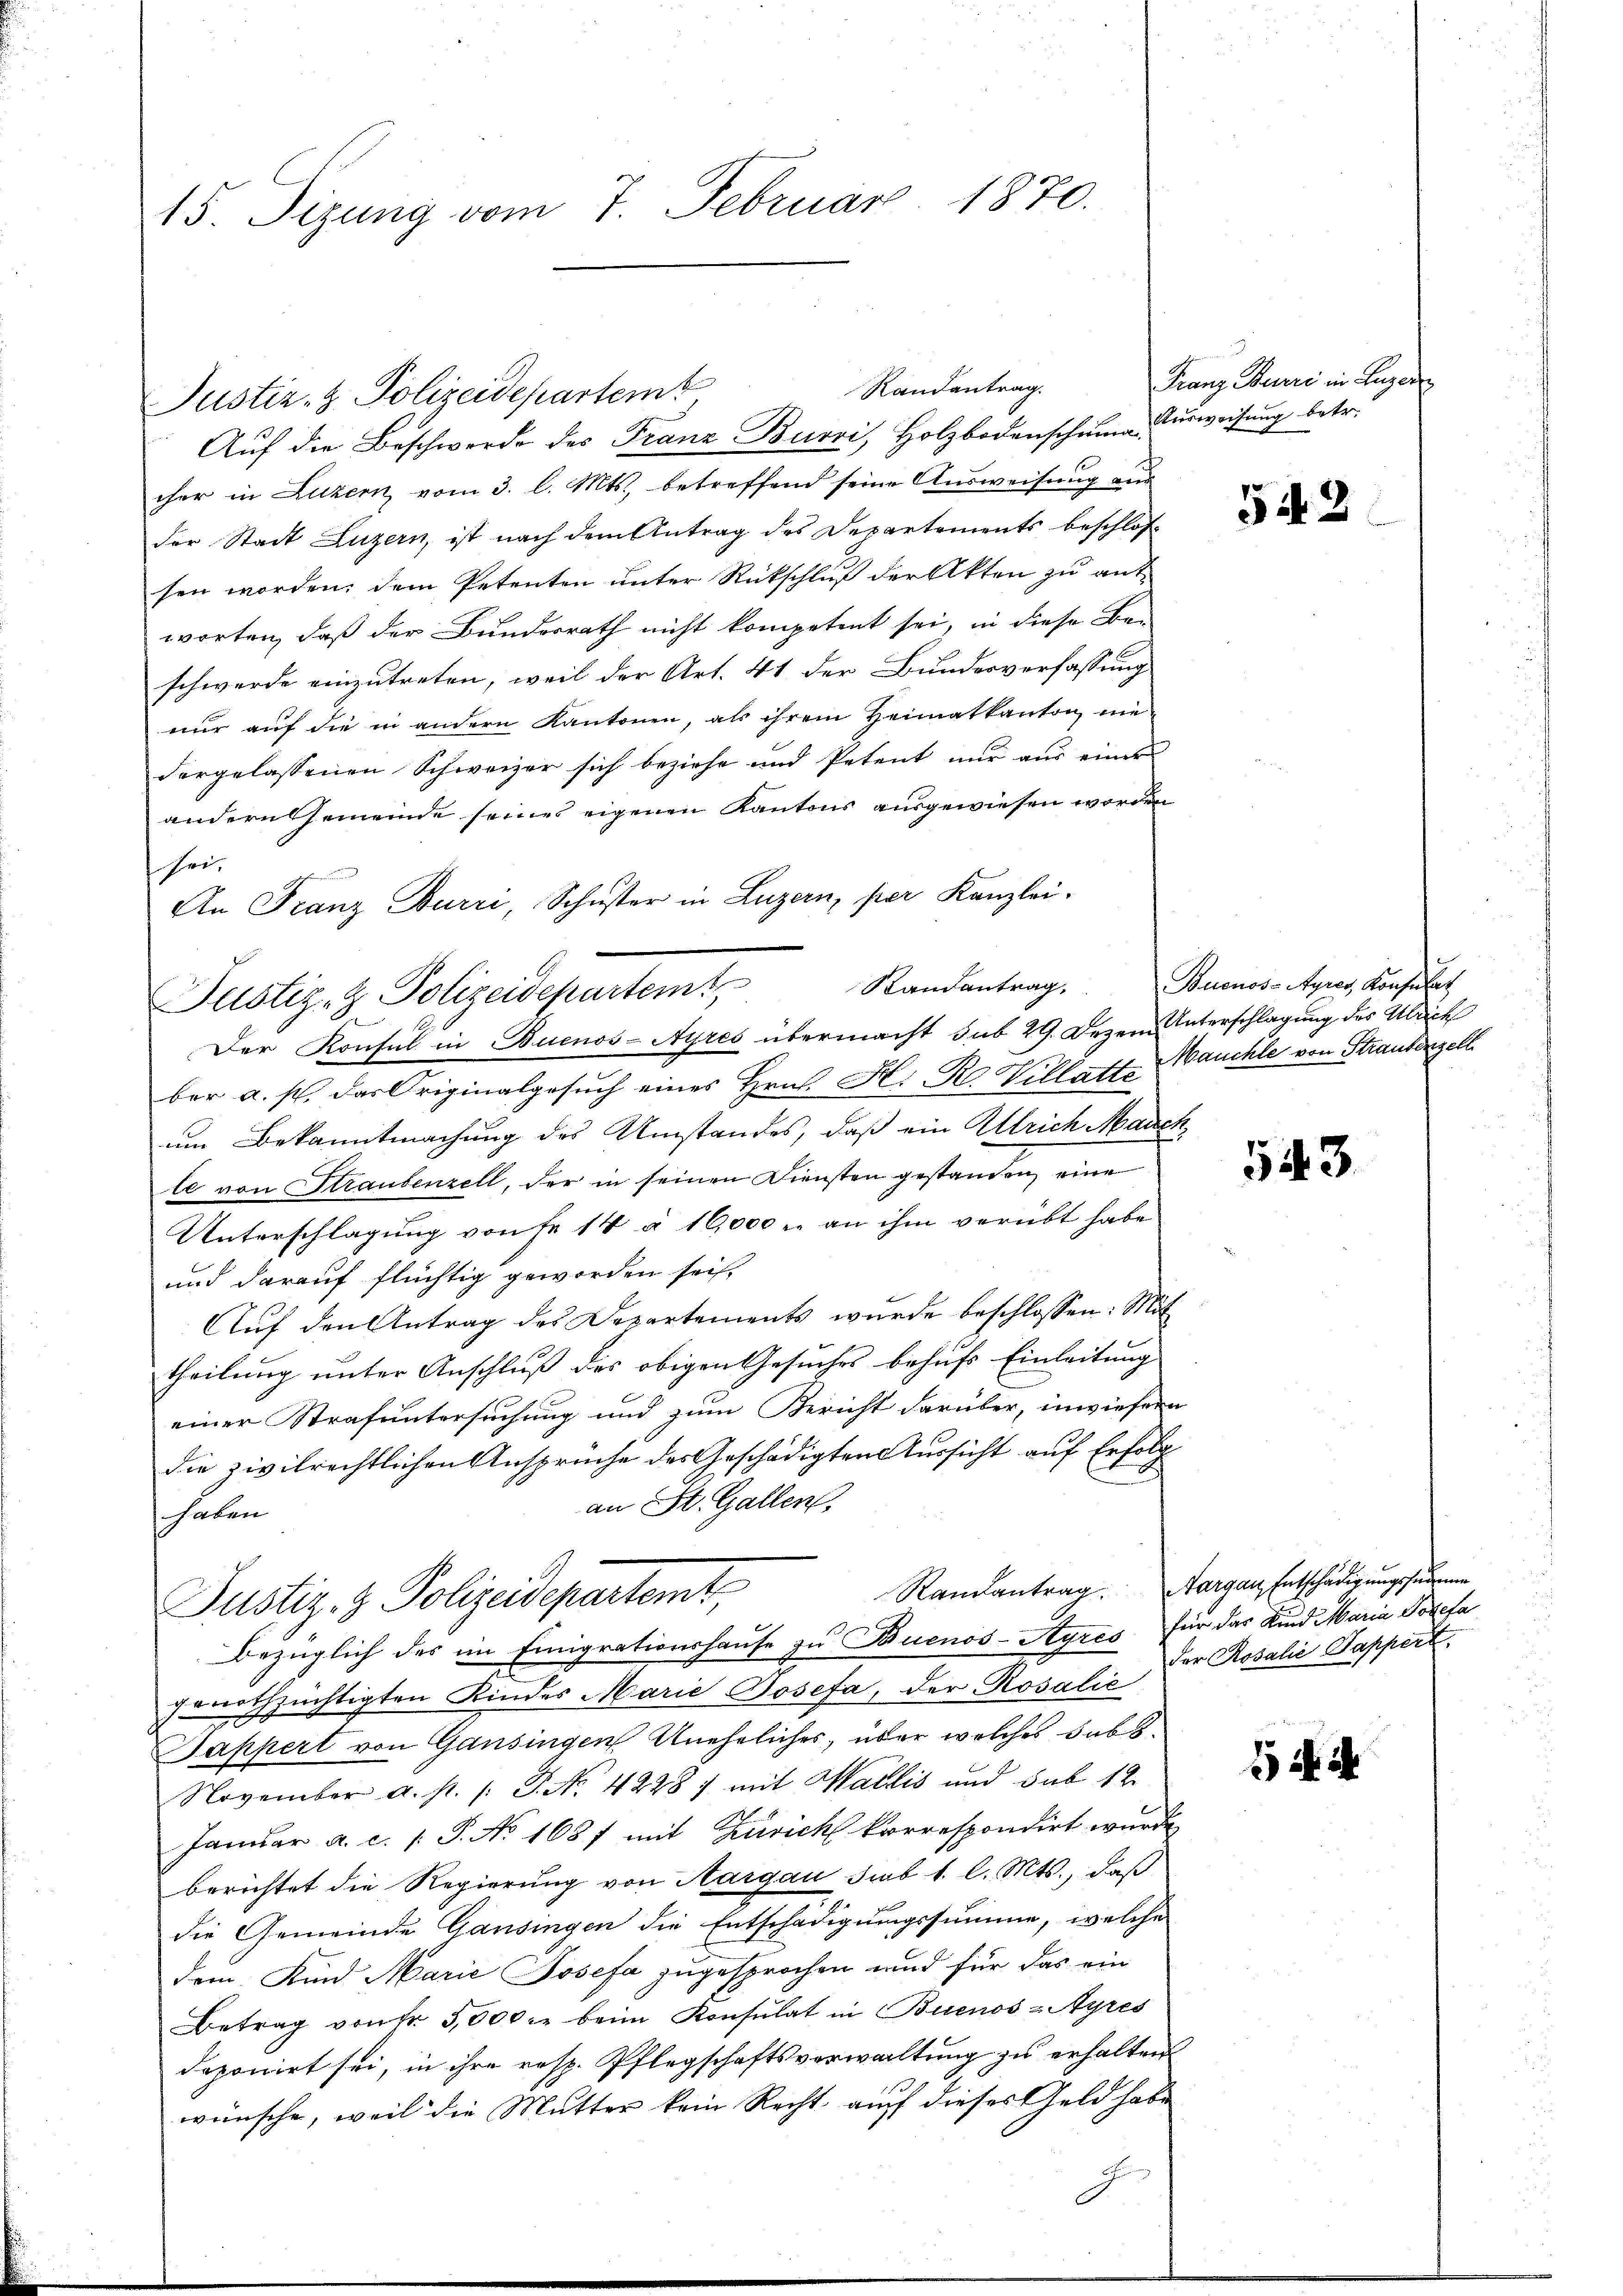
15. Sizung vom 7. Februar 1870.

Justiz- & Polizeidepartemt

cher in Luzern vom 3. l. Mts., betreffend seine Ausweisung aus
der Stadt Luzern, ist nach dem Antrag des Departements beschlos
sen worden, dem Petenten unter Rückschluß der Akten zu antworten, daß der Bundesrath nicht kompetent sei, in diese Be-
schwerde einzutreten, weil der Art. 41 der Bundesverfassung
nur auf die in andern Kantonen, als ihrem Heimatkanton niedergelassenen Schweizer sich beziehe und Petent nur aus einer
andern Gemeinde seines eigenen Kantons ausgewiesen worden
sei,
An Franz Burri, Schuster in Luzern, per Kanzlei.

Justiz- & Polizeidepartem Randantrag.
Der Konsul in Buenos-Ayres übermacht sub 29. Dezem Unterschlagung des Ulrich

ber a. s. das Originalgesuch eines Hrn. Hr. R. Villatte auchte von Strautenzell
um Bekanntmachung des Umstandes, daß ein Ulrich Marchle von Straubenzell, der in seinen Diensten gestanden eine
Unterschlagung von Fr. 14 à 10,000 u. an ihm verübt habe
und darauf flüchtig geworden sei,
Auf den Antrag des Departements wurde beschlossen: Mit
theilung unter Anschluß des obigen Gesuches behufs Einleitung
einer Strafuntersuchung und zum Bericht darüber, inwiesern
die zivilrechtlichen Ansprüche des Geschädigten Aussicht auf Erfolg
an St. Gallen,
haben
jonothzüchtigten Kindes Marie Josefa, der Rosalić
Sappert von Gansingen Uneheliches, über welches dass
November a. p. /: P. Nr. 4228) mit Wallis und sub 12
Januar a. c. s. S. No. 1687 mit Zusich korrespondirt wurde
berichtet die Regierung von Aargau, Sub 1. l. Mts., daß
die Gemeinde Gansingen die Entschädigungssumme, welche
dem. Kind Marie Josefa zugesprochen und für das ein
Betrag von Fr. 35,000 fr beim Konsulat in Buenos-Ayres
deponirt sei, in ihre resp. Pflegschaftsverwachtung zu erhalten
wünsche, weil die Mutter kein Recht auf dieses Geld habe
F

Justiz- & Polizeidepartemt,
Bezüglich des im Einigrationshause zu Buenos-Ayres für das Kind Maria Josefa

Randantrag.
Aŭf die Beschwerde des Franz Burri, Holzbodenschama urweisung betr.

Franz Buri in Luzer

5 d. 2

Buenos-Ayres, Konsulat

543

Ramantrag. Aargau, Entschädigungsfederun
der Rosalie Pappert

i i